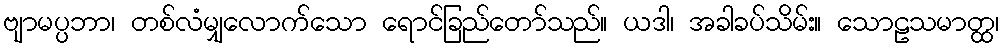
ဗျာမပ္ပဘာ၊ တစ်လံမျှလောက်သော ရောင်ခြည်တော်သည်။ ယဒါ၊ အခါခပ်သိမ်း။ သောဠသမာတ္ထ၊